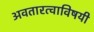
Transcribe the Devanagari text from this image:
अवतारत्वाविषयी